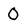
Character: 0